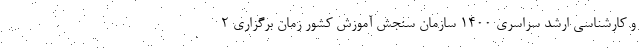
و کارشناسی ارشد سراسری ۱۴۰۰ سازمان سنجش آموزش کشور زمان برگزاری ۲